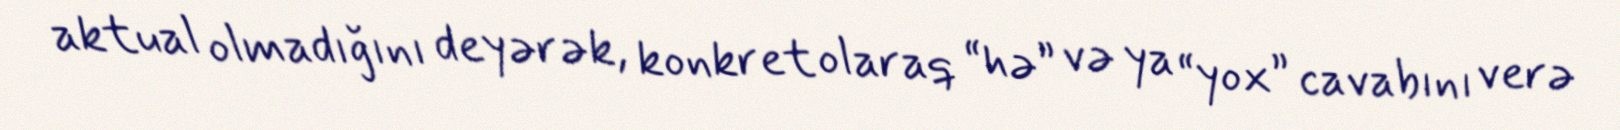
aktual olmadığını deyərək, konkret olaraq “hə” və ya “yox” cavabını verə